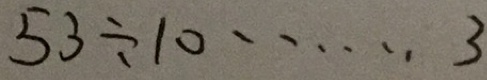
5 3 \div 1 0 \cdots 3